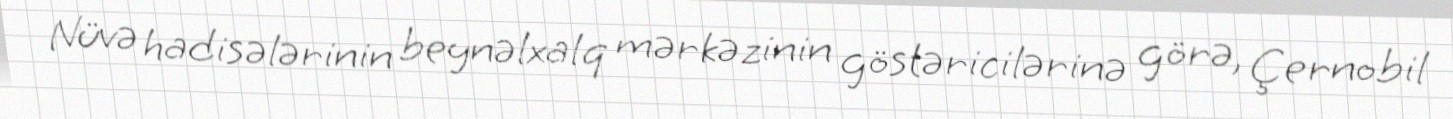
Nüvə hadisələrinin beynəlxalq mərkəzinin göstəricilərinə görə, Çernobil